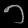
Digit: ၁